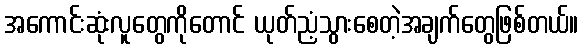
အကောင်းဆုံးလူတွေကိုတောင် ယုတ်ညံ့သွားစေတဲ့အချက်တွေဖြစ်တယ်။